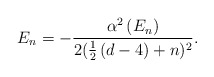
\begin{align*}E_n=-\frac{\alpha ^2\left( E_n\right) }{2(\frac 12\left( d-4\right) +n )^2}.\end{align*}